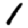
Digit: 1